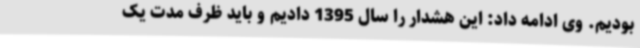
بودیم. وی ادامه داد: این هشدار را سال 1395 دادیم و باید ظرف مدت یک